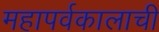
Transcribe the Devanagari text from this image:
महापर्वकालाची